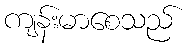
ကျန်းမာစေသည်